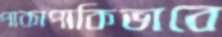
পাকাপাকিভাবে